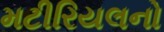
મટીરિયલનો